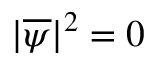
| \overline { { \psi } } | ^ { 2 } = 0